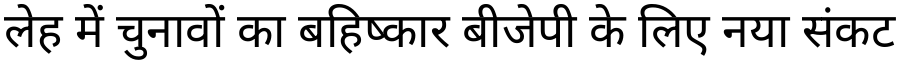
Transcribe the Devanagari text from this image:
लेह में चुनावों का बहिष्कार बीजेपी के लिए नया संकट